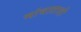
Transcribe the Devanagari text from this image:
मांधाताशी